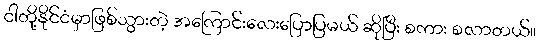
ငါတို့နိုင်ငံမှာဖြစ်သွားတဲ့ အကြောင်းလေးပြောပြမယ် ဆိုပြီး စကား စလာတယ်။